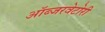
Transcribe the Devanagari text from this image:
ऑब्जरवेटोरी